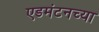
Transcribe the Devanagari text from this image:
एडमंटनच्या